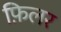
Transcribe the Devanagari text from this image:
फ़िलर